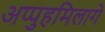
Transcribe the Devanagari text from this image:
अप्पुहमिलागे